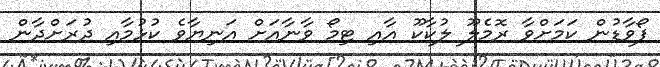
ފޯވާޑުން ކަމަށްވާ ރޮމެލޫ ލުކާކޫ އާއި ޓިމޯ ވާނާއަށް އަނިޔާވެ ކުޅުމާއި ދުރަށްދާން